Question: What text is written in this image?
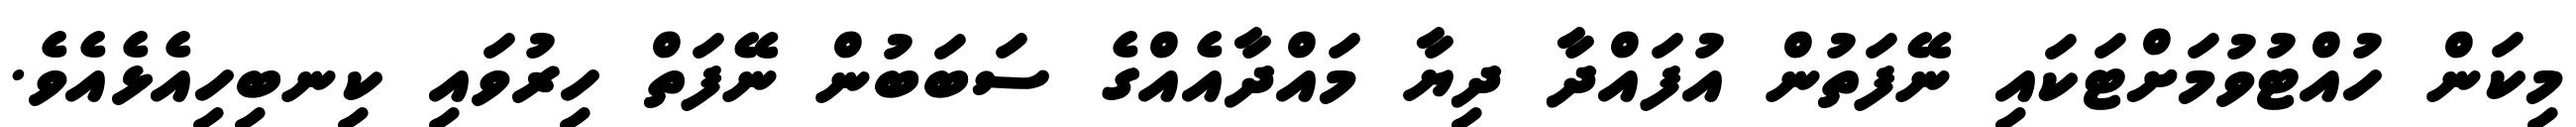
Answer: މިކަން ހުއްޓުވުމަށްޓަކައި ނޭފަތުން އުފައްދާ ދިޔާ މައްދާއެއްގެ ސަބަބުން ނޭފަތް ހިރުވައި ކިނބިހިއެޅެއެވެ.